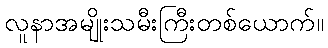
လူနာအမျိုးသမီးကြီးတစ်ယောက်။